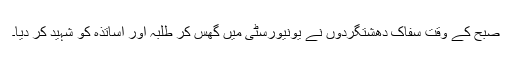
صبح کے وقت سفاک دھشتگردوں نے یونیورسٹی میں گھس کر طلبہ اور اساتذہ کو شہید کر دیا۔